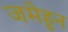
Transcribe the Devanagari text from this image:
जमेहून